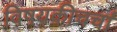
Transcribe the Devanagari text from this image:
विषयकीचर्चा